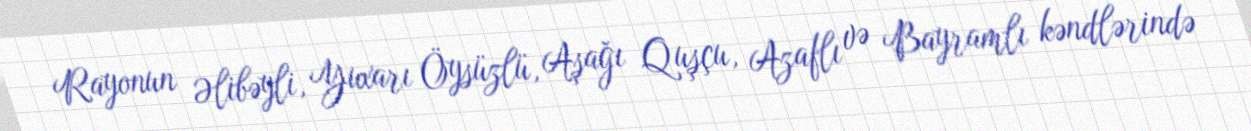
Rayonun Əlibəyli, Yuxarı Öysüzlü, Aşağı Quşçu, Azaflı və Bayramlı kəndlərində